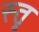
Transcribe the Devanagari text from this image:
स्‍तॄ